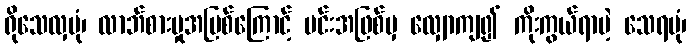
ရိုသေလှပုံ၊ လာဘ်စားမှုအပြစ်ကြောင့် မင်းအဖြစ်မှ လျှောကျ၍ ကိုးကွယ်ရာမဲ့ သေရပုံ၊